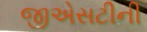
જીએસટીની